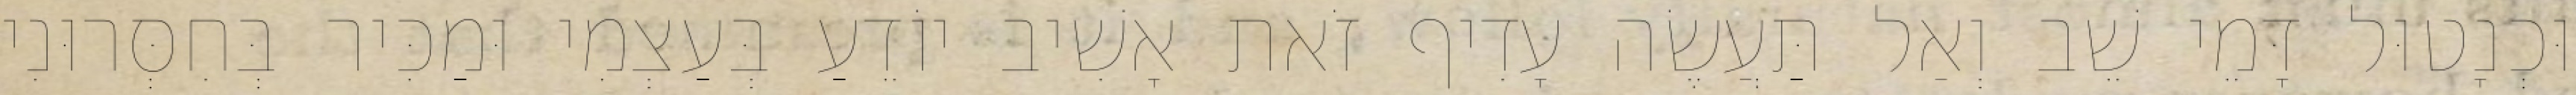
וּכְנָטוּל דָּמֵי שֵׁב וְאַל תַּעֲשֶׂה עָדִיף זֹאת אָשִׁיב יוֹדֵעַ בְּעַצְמִי וּמַכִּיר בְּחִסְּרוּנִי